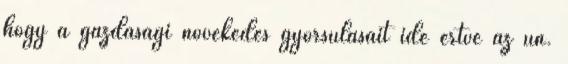
hogy a gazdasági növekedés gyorsulásait ide értve az ún.